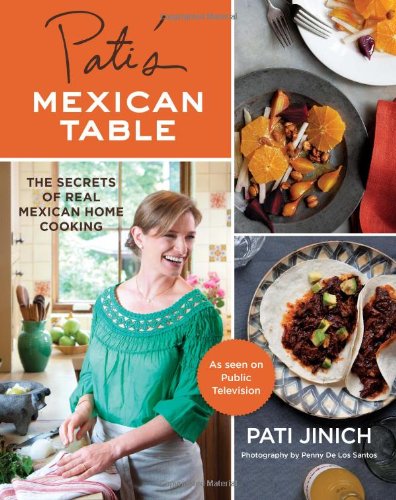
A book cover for Pati's Mexican Table: The Secrets of Real Mexican Home Cooking; Pati Jinich; Cookbooks, Food & Wine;